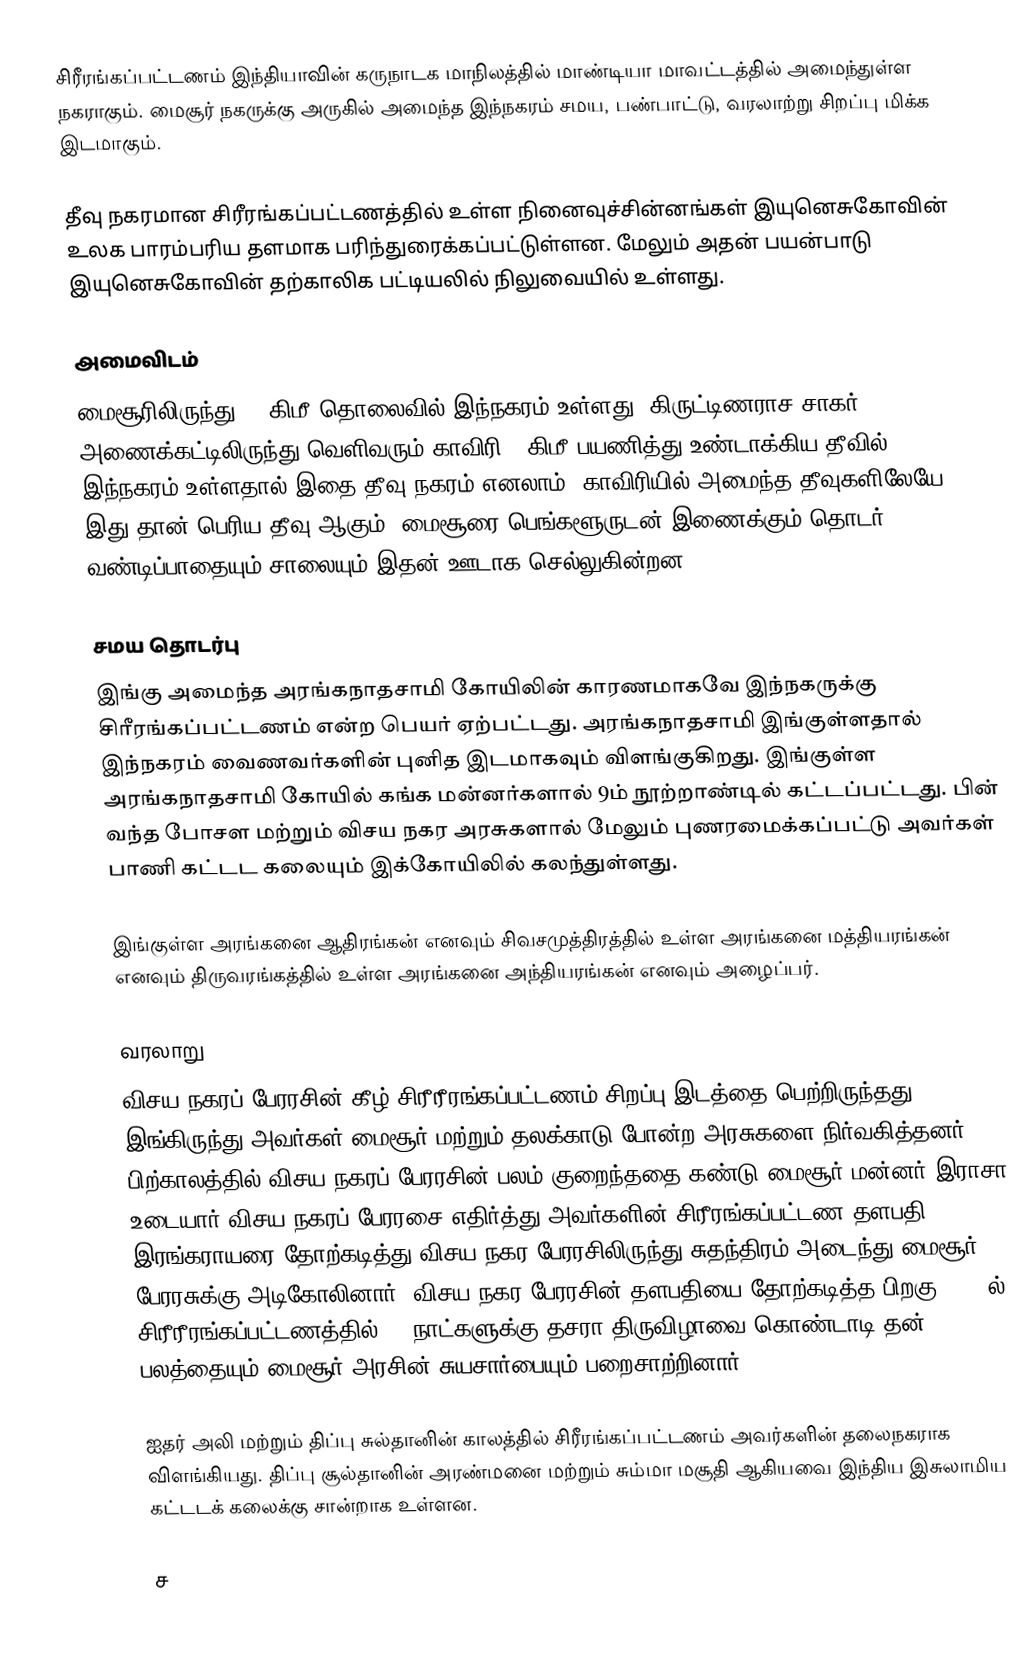
சிரீரங்கப்பட்டணம் இந்தியாவின் கருநாடக மாநிலத்தில் மாண்டியா மாவட்டத்தில் அமைந்துள்ள நகராகும். மைசூர் நகருக்கு அருகில் அமைந்த இந்நகரம் சமய, பண்பாட்டு, வரலாற்று சிறப்பு மிக்க இடமாகும்.

தீவு நகரமான சிரீரங்கப்பட்டணத்தில் உள்ள நினைவுச்சின்னங்கள் இயுனெசுகோவின் உலக பாரம்பரிய தளமாக பரிந்துரைக்கப்பட்டுள்ளன. மேலும் அதன் பயன்பாடு இயுனெசுகோவின் தற்காலிக பட்டியலில் நிலுவையில் உள்ளது.

அமைவிடம்
மைசூரிலிருந்து 13 கிமீ தொலைவில் இந்நகரம் உள்ளது. கிருட்டிணராச சாகர் அணைக்கட்டிலிருந்து வெளிவரும் காவிரி 8 கிமீ பயணித்து உண்டாக்கிய தீவில் இந்நகரம் உள்ளதால் இதை தீவு நகரம் எனலாம். காவிரியில் அமைந்த தீவுகளிலேயே இது தான் பெரிய தீவு ஆகும். மைசூரை பெங்களூருடன் இணைக்கும் தொடர் வண்டிப்பாதையும் சாலையும் இதன் ஊடாக செல்லுகின்றன.

சமய தொடர்பு
இங்கு அமைந்த அரங்கநாதசாமி கோயிலின் காரணமாகவே இந்நகருக்கு சிரீரங்கப்பட்டணம் என்ற பெயர் ஏற்பட்டது. அரங்கநாதசாமி இங்குள்ளதால் இந்நகரம் வைணவர்களின் புனித இடமாகவும் விளங்குகிறது. இங்குள்ள அரங்கநாதசாமி கோயில் கங்க மன்னர்களால் 9ம் நூற்றாண்டில் கட்டப்பட்டது. பின் வந்த போசள மற்றும் விசய நகர அரசுகளால் மேலும் புணரமைக்கப்பட்டு அவர்கள் பாணி கட்டட கலையும் இக்கோயிலில் கலந்துள்ளது.

இங்குள்ள அரங்கனை ஆதிரங்கன் எனவும் சிவசமுத்திரத்தில் உள்ள அரங்கனை மத்தியரங்கன் எனவும் திருவரங்கத்தில் உள்ள அரங்கனை அந்தியரங்கன் எனவும் அழைப்பர்.

வரலாறு
விசய நகரப் பேரரசின் கீழ் சிரீரீரங்கப்பட்டணம் சிறப்பு இடத்தை பெற்றிருந்தது. இங்கிருந்து அவர்கள் மைசூர் மற்றும் தலக்காடு போன்ற அரசுகளை நிர்வகித்தனர். பிற்காலத்தில் விசய நகரப் பேரரசின் பலம் குறைந்ததை கண்டு மைசூர் மன்னர் இராசா உடையார் விசய நகரப் பேரரசை எதிர்த்து அவர்களின் சிரீரங்கப்பட்டண தளபதி இரங்கராயரை தோற்கடித்து விசய நகர பேரரசிலிருந்து சுதந்திரம் அடைந்து மைசூர் பேரரசுக்கு அடிகோலினார். விசய நகர பேரரசின் தளபதியை தோற்கடித்த பிறகு 1610 ல் சிரீரீரங்கப்பட்டணத்தில் 10 நாட்களுக்கு தசரா திருவிழாவை கொண்டாடி தன் பலத்தையும் மைசூர் அரசின் சுயசார்பையும் பறைசாற்றினார்.

ஐதர் அலி மற்றும் திப்பு சுல்தானின் காலத்தில் சிரீரங்கப்பட்டணம் அவர்களின் தலைநகராக விளங்கியது. திப்பு சூல்தானின் அரண்மனை மற்றும் சும்மா மசூதி ஆகியவை இந்திய இசுலாமிய கட்டடக் கலைக்கு சான்றாக உள்ளன.

ச